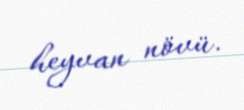
heyvan növü.